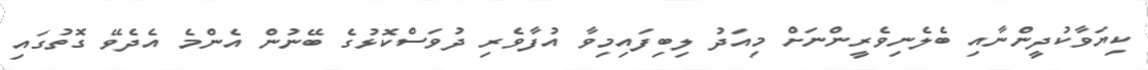
ކިޔަވާކުދީންނާއި ބެލެނިވެރީންނަށް މިއަދު ލިބިފައިމިވާ އުފާވެރި ދުވަސްކޮޅުގެ ބޭނުން އެންމެ އެދެވޭ ގޮތުގައި